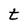
Character: t